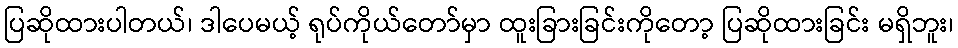
ပြဆိုထားပါတယ်၊ ဒါပေမယ့် ရုပ်ကိုယ်တော်မှာ ထူးခြားခြင်းကိုတော့ ပြဆိုထားခြင်း မရှိဘူး၊